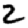
Digit: 2